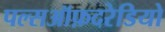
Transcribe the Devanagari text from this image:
पल्सऑफ़दरेडियो